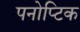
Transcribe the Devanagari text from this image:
पनोप्टिक